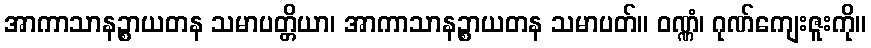
အာကာသာနဉ္စာယတန သမာပတ္တိယာ၊ အာကာသာနဉ္စာယတန သမာပတ်။ ဝဏ္ဏံ၊ ဂုဏ်ကျေးဇူးကို။